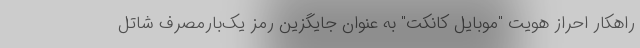
راهکار احراز هویت "موبایل کانکت" به عنوان جایگزین رمز یک‌بارمصرف شاتل